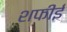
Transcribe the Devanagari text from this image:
शफीई